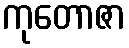
ကုတောဇာ